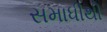
સમાધીથી